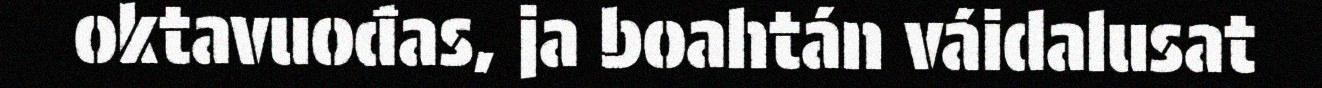
oktavuođas, ja boahtán váidalusat